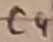
Text: C4